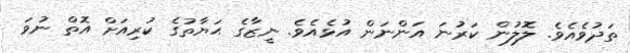
ތަދުވެއެވެ. ލޮލުން ކަރުނަ އަންނަން އުޅެއެވެ. ނީޒާގެ ޙަޔާތުގެ ކުރިއަށް އޮތް ނުވަ